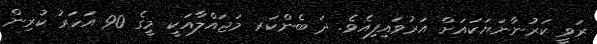
ރަވީ ކަރުނާނަޔަކައަށް އަރުވައިފިއެވެ. ދަ ބެންކަރ މަޖައްލާއަކީ މީގެ 90 އަހަރު ކުރިން